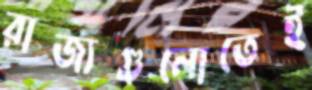
রাজ্যগুলোতেই